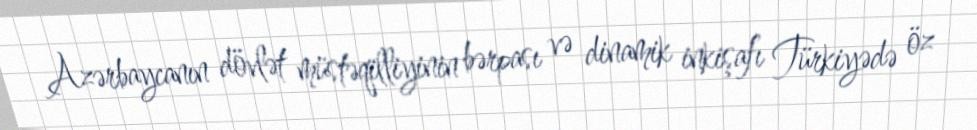
Azərbaycanın dövlət müstəqilliyinin bərpası və dinamik inkişafı Türkiyədə öz